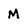
Character: M